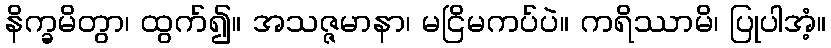
နိက္ခမိတွာ၊ ထွက်၍။ အသဇ္ဇမာနာ၊ မငြိမကပ်ပဲ။ ကရိဿာမိ၊ ပြုပါအံ့။